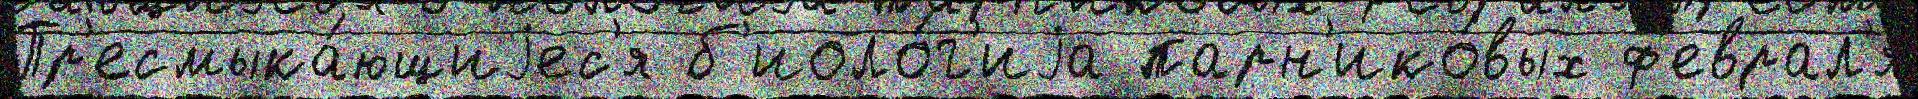
Пр'есмыка́ющиjес'я б'иоло́г'иjа парн'ико́вых ф'еврал'я́